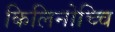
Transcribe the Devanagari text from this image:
किलिनोच्चि